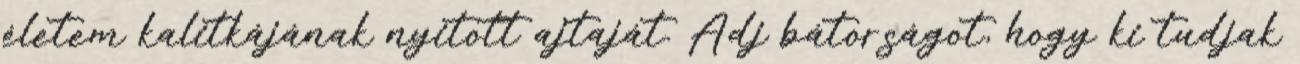
életem kalitkájának nyitott ajtaját. Adj bátorságot, hogy ki tudjak